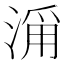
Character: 𣹄